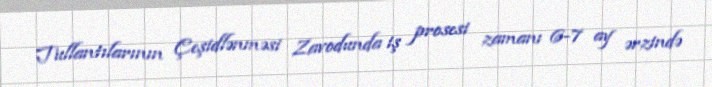
Tullantılarının Çeşidlənməsi Zavodunda iş prosesi zamanı 6-7 ay ərzində